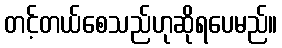
တင့်တယ်စေသည်ဟုဆိုရပေမည်။